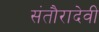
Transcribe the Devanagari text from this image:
संतौरादेवी